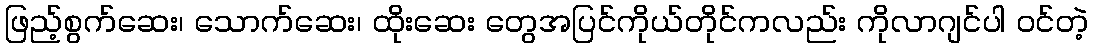
ဖြည့်စွက်ဆေး၊ သောက်ဆေး၊ ထိုးဆေး တွေအပြင်ကိုယ်တိုင်ကလည်း ကိုလာဂျင်ပါ ဝင်တဲ့